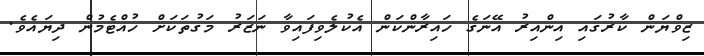
ޒިވްޔަން ކާރުގައި އިންއިރު އޭނަގެ ހައިރާންކަން އެކުލެވިފައިވާ ނަޒަރު މަގުތަކަށް ހުއްޓެމުން ދިޔައެވެ.